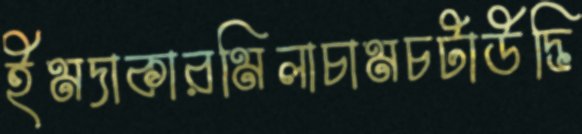
ইমদাকারমিলাচামচটাউদ্ভি